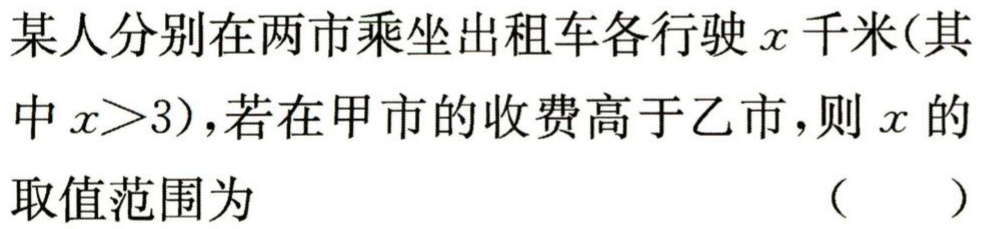
某人分别在两市乘坐出租车各行驶\(x\)千米(其中\(x>3\))，若在甲市的收费高于乙市，则\(x\)的取值范围为 （  ）